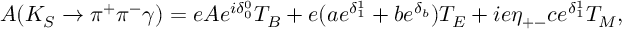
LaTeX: A ( K _ { S } \rightarrow \pi ^ { + } \pi ^ { - } \gamma ) = e A e ^ { i \delta _ { 0 } ^ { 0 } } T _ { B } + e ( a e ^ { \delta _ { 1 } ^ { 1 } } + b e ^ { \delta _ { b } } ) T _ { E } + i e \eta _ { + - } c e ^ { \delta _ { 1 } ^ { 1 } } T _ { M } ,